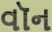
વૉન